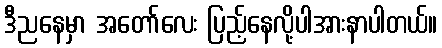
ဒီညနေမှာ အတော်လေး ပြည့်နေလို့ပါအားနာပါတယ်။